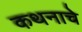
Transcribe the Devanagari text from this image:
कथनाचे